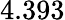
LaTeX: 4.393